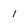
Character: i